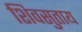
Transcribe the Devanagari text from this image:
शिवसुताय